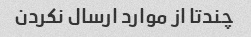
چندتا از موارد ارسال نکردن